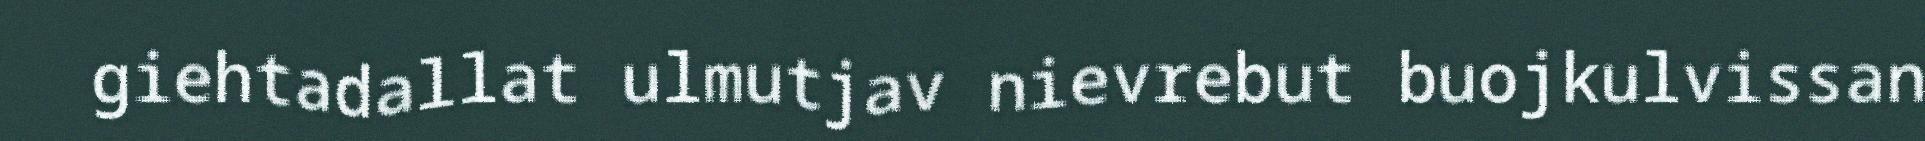
giehtadallat ulmutjav nievrebut buojkulvissan